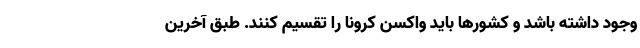
وجود داشته باشد و کشورها باید واکسن کرونا را تقسیم کنند. طبق آخرین